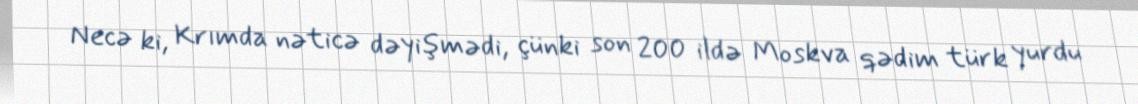
Necə ki, Krımda nəticə dəyişmədi, çünki son 200 ildə Moskva qədim türk yurdu